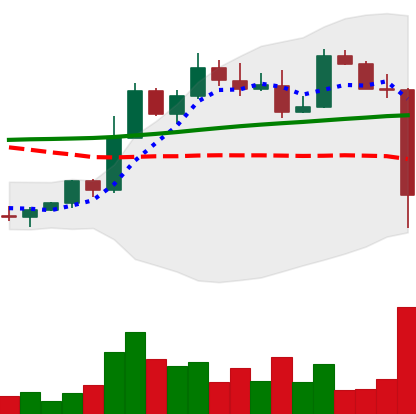
Ticker: ETH-USD
Chart end date: 2022-11-08
Forward return: -8.329%
Label: down_7plus